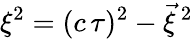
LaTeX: \xi^{2}=(c\, \tau)^{2}-\vec{\xi}\, ^{2}